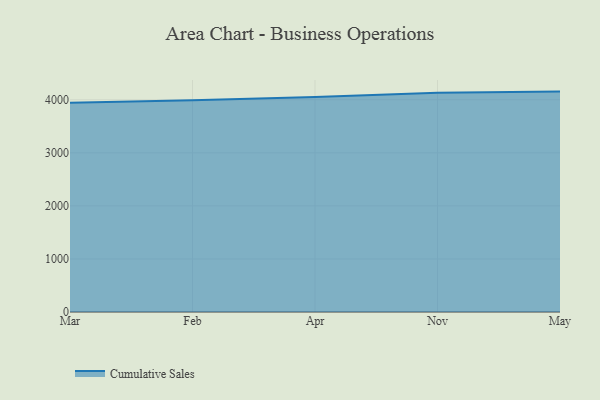
{"axis": {"x": "Month", "y": "Revenue (USD Million)"}, "legend": ["Cumulative Sales"], "data": [{"x": "Mar", "y": 3944.6, "type": "Cumulative Sales"}, {"x": "Feb", "y": 3989.0, "type": "Cumulative Sales"}, {"x": "Apr", "y": 4049.9, "type": "Cumulative Sales"}, {"x": "Nov", "y": 4133.8, "type": "Cumulative Sales"}, {"x": "May", "y": 4153.7, "type": "Cumulative Sales"}]}